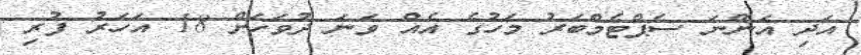
އަދި އަންނަ ސެޕްޓެމްބަރު މަހުގެ އެއް ވަނަ ދުވަހަށް 18 އަހަރު ފުރި